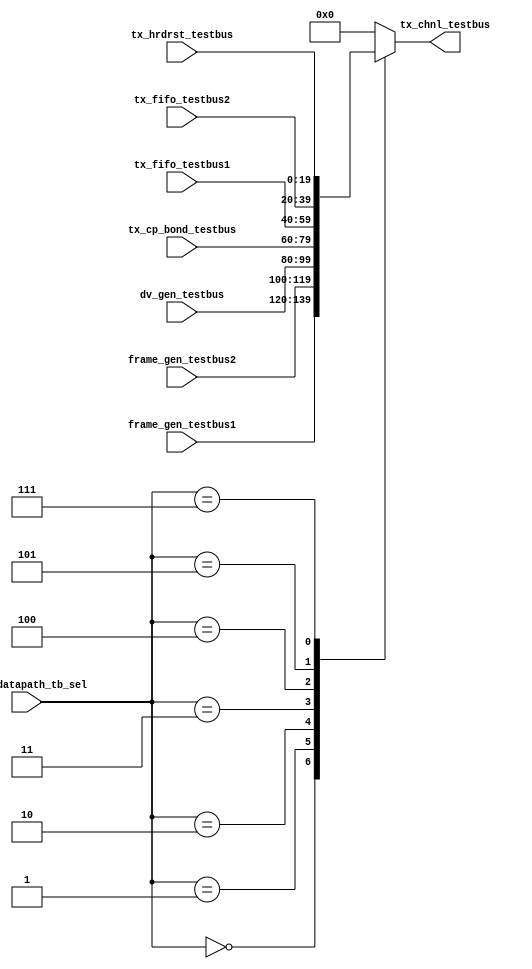
// SPDX-License-Identifier: Apache-2.0
// Copyright (C) 2019 Intel Corporation. All rights reserved
//------------------------------------------------------------------------
// (C) 2009 Altera Corporation. All rights reserved.  
//
//------------------------------------------------------------------------
// File:        
// Revision:    
// Date:        
//------------------------------------------------------------------------
// Description: Testbus
//
//------------------------------------------------------------------------

module hdpldadapt_tx_chnl_testbus 
    (
    input   wire  [2:0]            r_tx_datapath_tb_sel,  // testbus sel
    input   wire [19:0]           tx_fifo_testbus1, 		// RX FIFO
    input   wire [19:0]           tx_fifo_testbus2, 		// RX FIFO
    input   wire [19:0]           frame_gen_testbus1,
    input   wire [19:0]           frame_gen_testbus2,
    input   wire [19:0]		  dv_gen_testbus,    
    input   wire [19:0]           tx_cp_bond_testbus,
    input   wire [19:0]           tx_hrdrst_testbus,    
    
    output  reg [19:0]		  tx_chnl_testbus
     );
   
    always @* begin
      case (r_tx_datapath_tb_sel)
        3'b000: tx_chnl_testbus = frame_gen_testbus1;
        3'b001: tx_chnl_testbus = frame_gen_testbus2;
        3'b010: tx_chnl_testbus = dv_gen_testbus;
        3'b011: tx_chnl_testbus = tx_cp_bond_testbus;
        3'b100: tx_chnl_testbus = tx_fifo_testbus1;
        3'b101: tx_chnl_testbus = tx_fifo_testbus2;
        3'b111: tx_chnl_testbus = tx_hrdrst_testbus;
        default: tx_chnl_testbus = {20{1'b0}};
      endcase // case(r_rx_testbus_sel)
    end // always @ *
         
endmodule // hdpldadapt_tx_chnl_testbus